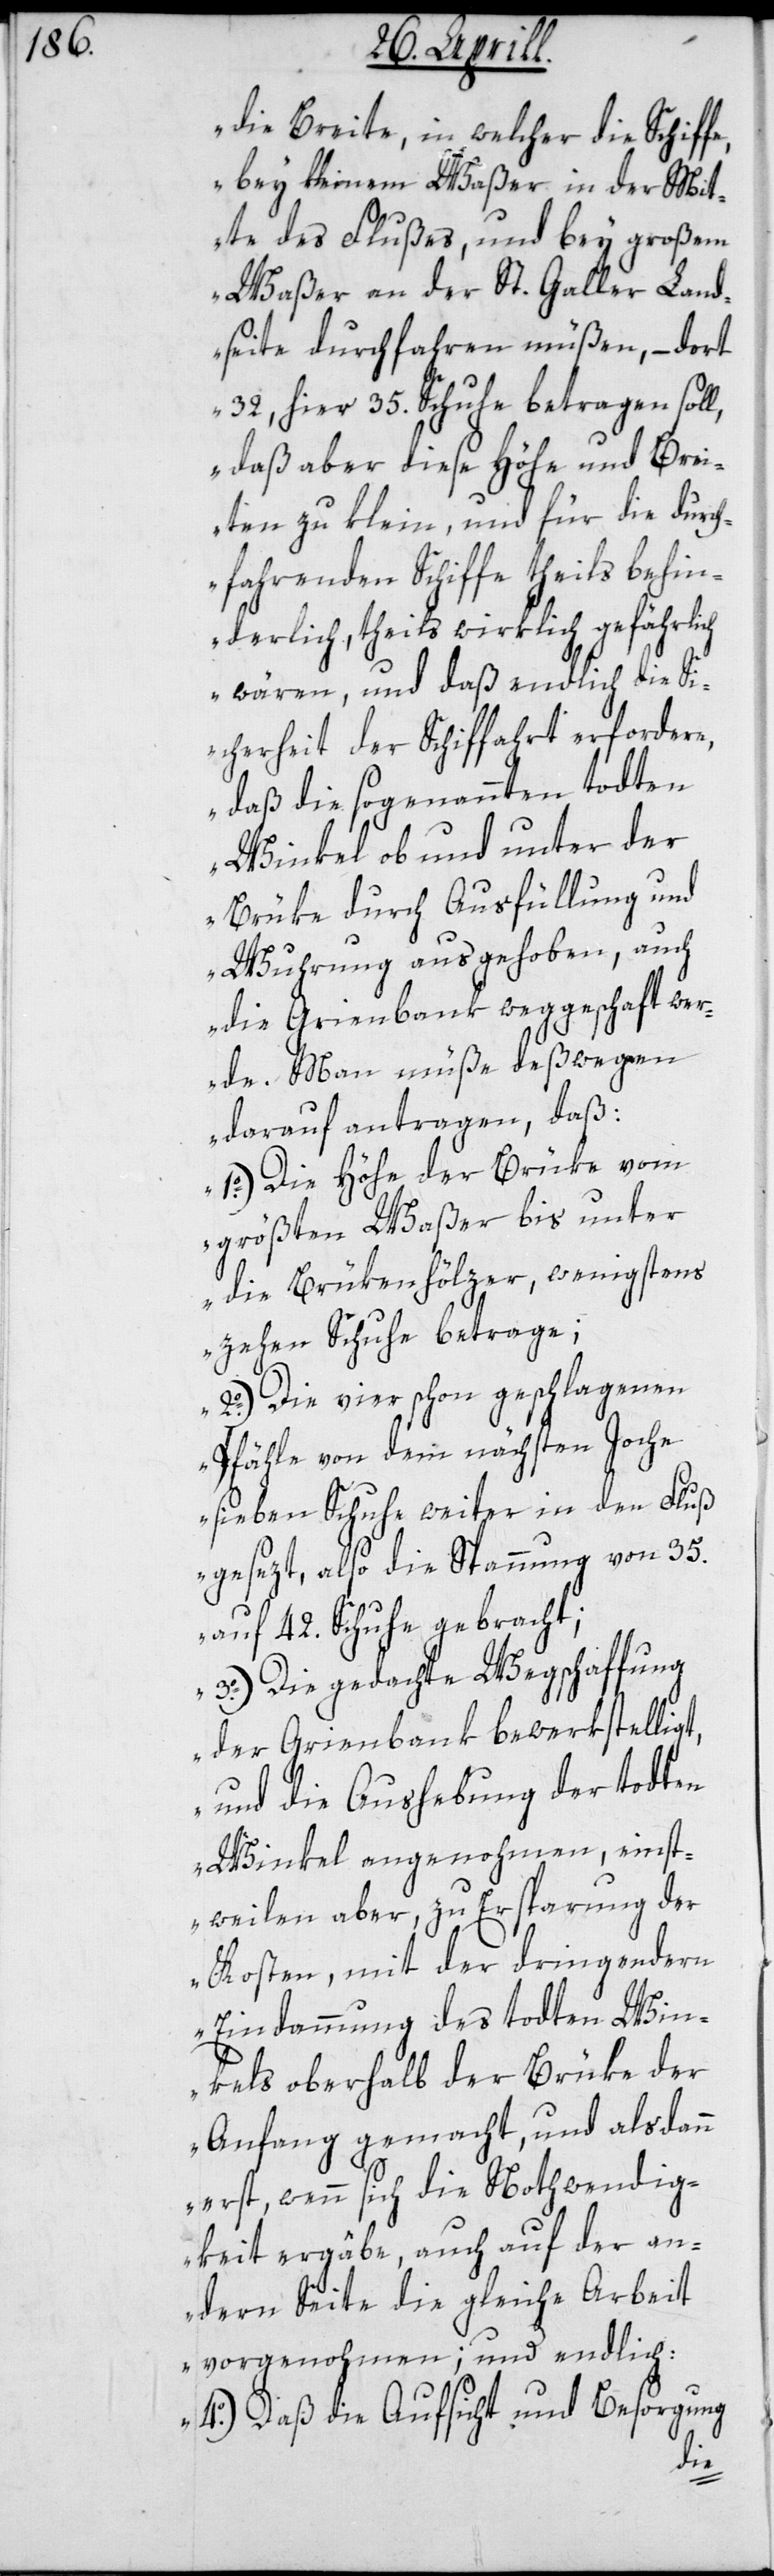
t,

die Breite, in welcher die Schiffe
bey kleinem Waßer in der Mit¬
te des Flußes, und bey großem
Waßer an der St. Galler Land¬
seite durchfahren müßen, – dort
32, hier 35. Schuhe betragen sol¬
l, daß aber diese Höhe und Brei¬
ten zu klein, und für die durch¬
fahrenden Schiffe theils behin¬
derlich, theils wirklich gefährlich
wären, und daß endlich die Si¬
cherheit der Schiffahrt erfordere,
daß die sogenannten todten
Winkel ob und unter der
Brüke durch Ausfüllung und
Wuhrung ausgehoben, auch
die Grienbank weggeschaft wer¬
de. Man müße deßwegen
darauf antragen, daß:
1o.) Die Höhe der Brüke vom
größten Waßer bis unter
die Brükenhölzer, wenigstens
zehen Schuhe betrage.
2o.) Die vier schon geschlagenen
Pfähle von dem nächsten Joche
sieben Schuhe weiter in den Fluß
gesezt, also die Spannung von 35.
auf 42. Schuhe gebracht;
3o.) Die gedachte Wegschaffung
der Grienbank bewerkstellig¬
und die Aushebung der todten
Winkel angenohmen, einst¬
weilen aber zu Ersparung der
Kosten, mit der dringendern
Eindammung des todten Win¬
kels oberhalb der Brüke den
Anfang gemacht, und alsdann
erst, wenn sich die Nothwendig¬
keit ergäbe, auch auf der an¬
dern Seite die gleiche Arbeit
vorgenohmen; und endlich:
4o). Daß die Aufsicht und Besorgung